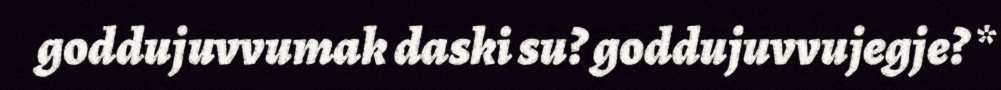
goddujuvvumak daski su? goddujuvvujegje? *